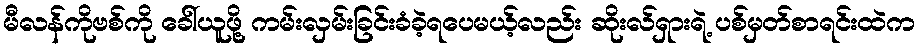
မီလန်ကိုဗစ်ကို ခေါ်ယူဖို့ ကမ်းလှမ်းခြင်းခံခဲ့ရပေမယ့်လည်း ဆိုးလ်ရှားရဲ့ ပစ်မှတ်စာရင်းထဲက